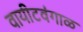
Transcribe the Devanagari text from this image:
वायीटवंगाळ